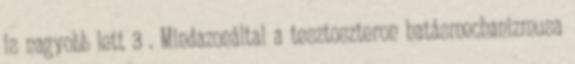
is nagyobb lett 3 . Mindazonáltal a tesztoszteron hatásmechanizmusa